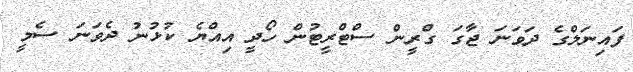
ފައިނަލްގެ ދަވަނަ ޖާގަ ގްރީން ސްޓްރީޓުން ހޯދީ އިއްޔެ ކުޅުނު ދެވަނަ ސެމީ